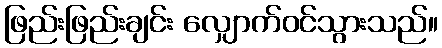
ဖြည်းဖြည်းချင်း လျှောက်ဝင်သွားသည်။